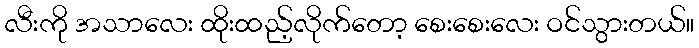
လီးကို အသာလေး ထိုးထည့်လိုက်တော့ စေးစေးလေး ဝင်သွားတယ်။